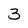
Character: 3